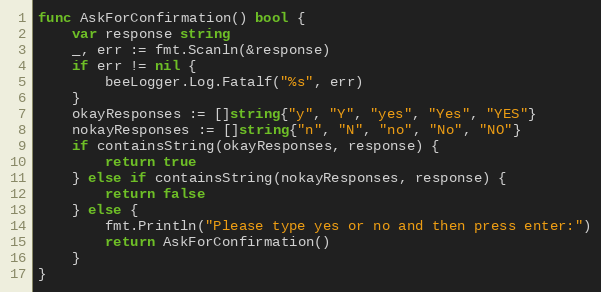
Language: Go
func AskForConfirmation() bool {
	var response string
	_, err := fmt.Scanln(&response)
	if err != nil {
		beeLogger.Log.Fatalf("%s", err)
	}
	okayResponses := []string{"y", "Y", "yes", "Yes", "YES"}
	nokayResponses := []string{"n", "N", "no", "No", "NO"}
	if containsString(okayResponses, response) {
		return true
	} else if containsString(nokayResponses, response) {
		return false
	} else {
		fmt.Println("Please type yes or no and then press enter:")
		return AskForConfirmation()
	}
}